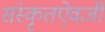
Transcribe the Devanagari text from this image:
संस्कृतऐवजी